Report on vaccination in Madras 1877-1894 - 1877-1894
Year: 1877
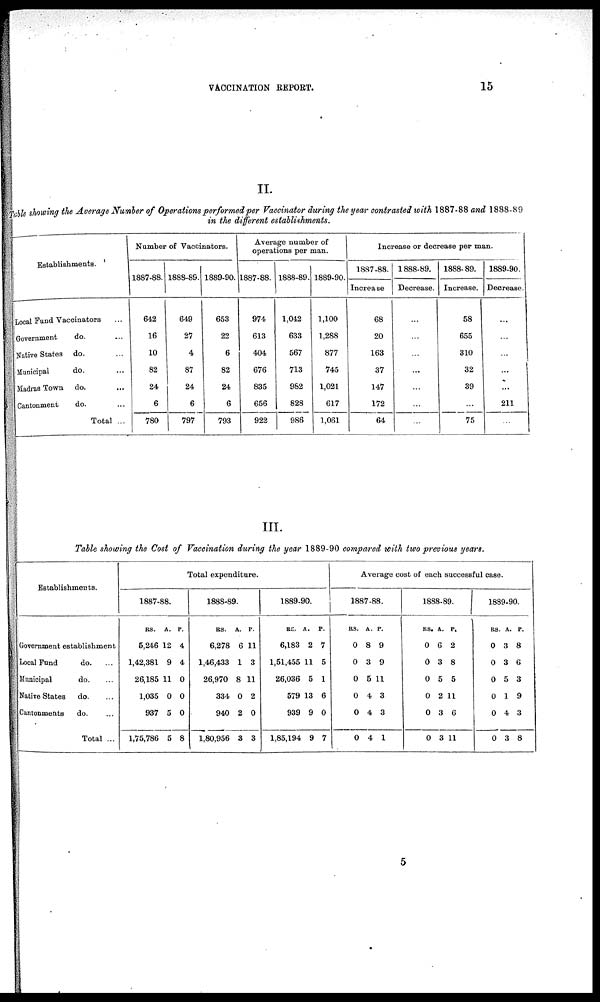
VACCINATION REPORT.
15
II.
Table showing the Average Number of Operations performed per Vaccinator during the year contrasted with 1887-88 and 1888-89
in the different establishments.
Establishments.
Local Fund Vaccinators ...
Government
do. ...
Native States do. ...
Municipal
do. ...
Madras Town do. ...
Cantonment
do. ...
Total ...
Number of Vaccinators.
1887-88.
642
16
10
82
24
6
780
1888-89.
649
27
4
87
24
6
797
1889-90.
653
22
6
82
24
6
793
Average number of
operations per man.
1887-88.
974
613
404
676
835
656
922
1888-89.
1,042
633
567
713
982
828
986
1889-90.
1,100
1,288
877
745
1,021
617
1,061
Increase or decrease per man.
1887-88.
Increase
68
20
163
37
147
172
64
1888-89.
Decrease.
...
...
...
...
...
...
...
1888-89.
Increase.
58
655
310
32
39
...
75
1889-90.
Decrease.
...
...
...
...
...
211
...
III.
Table showing the Cost of Vaccination during the year 1889-90 compared with two previous years.
Establishments.
Government establishment
Local Fund
do. ...
Municipal
do. ...
Native States
do. ...
Cantonments
do. ...
Total ...
Total expenditure.
1887-88.
RS.
5,246
1,42,381
26,185
1,035
937
1,75,786
A.
12
9
11
0
5
5
P.
4
4
0
0
0
8
1888-89.
RS.
6,278
1,46,433
26,970
334
940
1,80,956
A.
6
1
8
0
2
3
P.
11
3
11
2
0
3
1889-90.
RS.
6,183
1,51,455
26,036
579
939
1,85,194
A.
2
11
5
13
9
9
P.
7
5
1
6
0
7
Average cost of each successful case.
1887-88.
RS.
0
0
0
0
0
0
A.
8
3
5
4
4
4
P.
9
9
11
3
3
1
1888-89.
RS.
0
0
0
0
0
0
A.
6
3
5
2
3
3
P.
2
8
5
11
6
11
1889-90.
RS.
0
0
0
0
0
0
A.
3
3
5
1
4
3
P.
8
6
3
9
3
8
5